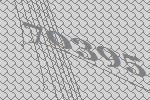
70395